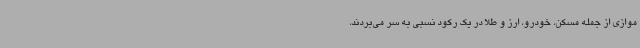
موازی از جمله مسکن، خودرو، ارز و طلا در یک رکود نسبی به سر می‌بردند،